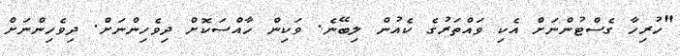
"ހުރިހާ ގެސްޓުންނަށް އެކި ވައްތަރުގެ ކެއުން ލިބޭނެ. ވަކިން ހާއްސަކޮށް ދިވެހިންނަށް. ދިވެހިންނަށް